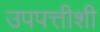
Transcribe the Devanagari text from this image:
उपपत्तीशी